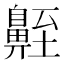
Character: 𪖣